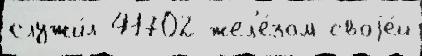
служи́л 41702 жел'е́зом своjе́й